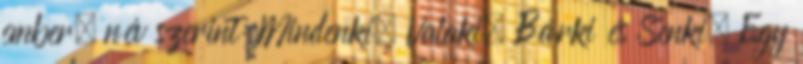
ember, név szerint: Mindenki, Valaki, Bárki és Senki. Egy